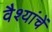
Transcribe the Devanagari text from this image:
वैश्यांचें